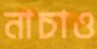
নাচাও